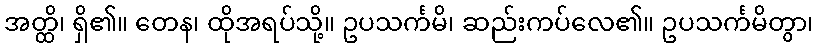
အတ္ထိ၊ ရှိ၏။ တေန၊ ထိုအရပ်သို့။ ဥပသင်္ကမိ၊ ဆည်းကပ်လေ၏။ ဥပသင်္ကမိတွာ၊